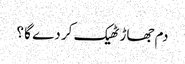
دم جھاڑ ٹھیک کر دے گا ؟